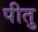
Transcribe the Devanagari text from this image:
पीतु